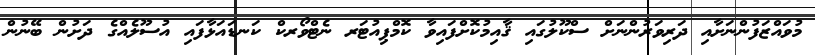
މުވައްޒަފުންނަށާއި ދަރިވަރުންނަށް ސްކޫލުގައި ޤާއިމުކޮށްފައިވާ ކޮމްޕިއުޓަރ ނެޓްވޯރކް ކަނޑައަޅާފައި އުސޫލެއްގެ ދަށުން ބޭނުން